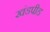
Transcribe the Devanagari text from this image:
खंडपीड